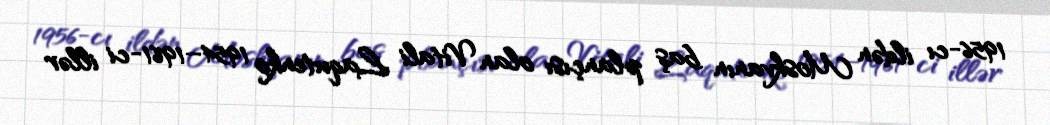
1956-cı ildən Moskvanın baş plançısı olan Vitali Laqutenko 1954–1961-ci illər